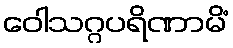
ဝေါသဂ္ဂပရိဏာမိံ